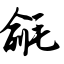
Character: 毹